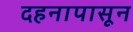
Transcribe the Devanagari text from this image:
दहनापासून